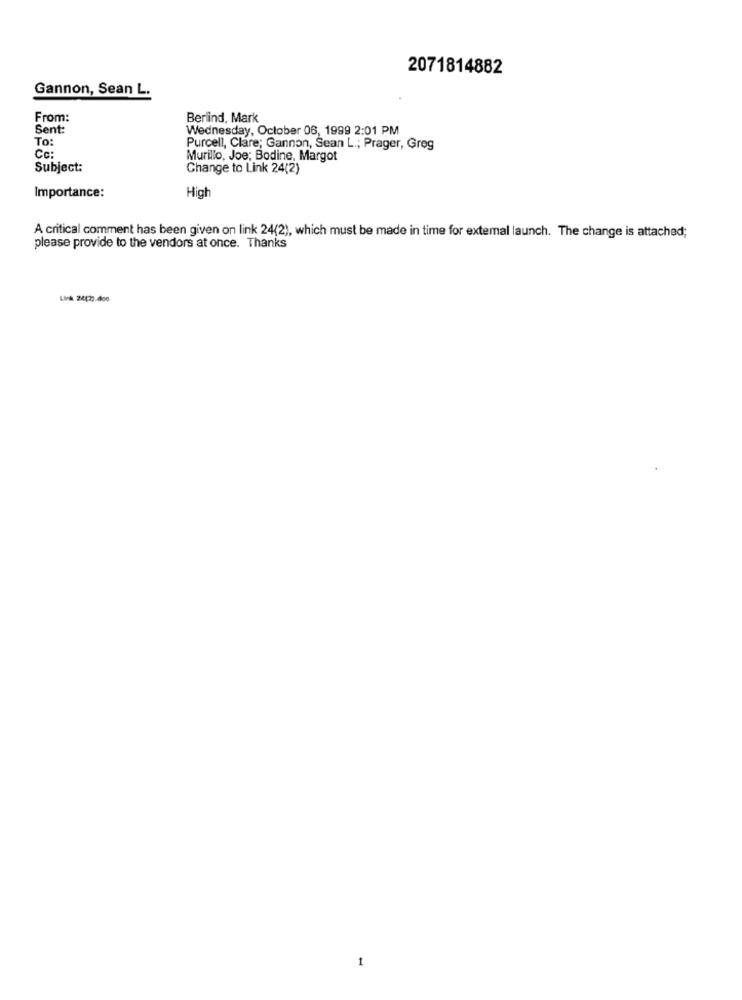
2071814882
Gannon, Sean L.
From:
Berlind, Mark
Sent:
Wednesday, October 06, 1999 2:01 PM
To:
Purcell, Clare; Gannon, Sean L .; Prager, Greg
Cc:
Murillo, Joe; Bodine, Margot
Subject:
Change to Link 24(2)
Importance:
High
A critical comment has been given on link 24(2), which must be made in time for external launch. The change is attached;
please provide to the vendors at once. Thanks
1